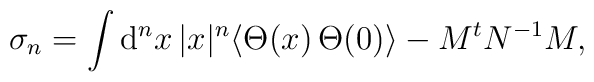
\sigma_n=\int {\rm d}^{n}x \,|x|^n \langle \Theta(x) \, \Theta(0)\rangle-M^t N^{-1}M,